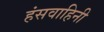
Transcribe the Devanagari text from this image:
हंसवाहिनी